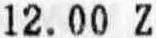
12.00 Z